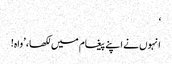
‘
انہوں نے اپنے پیغام میں لکھا، ’واہ!